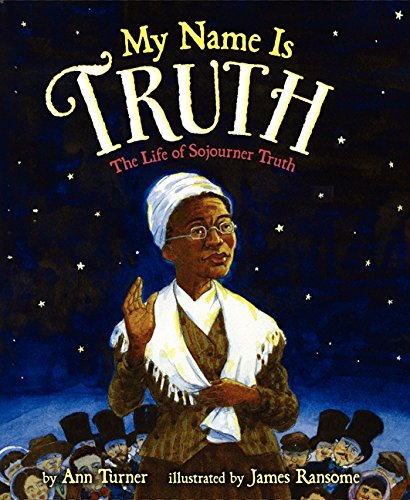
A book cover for My Name Is Truth: The Life of Sojourner Truth; Ann Turner; Children's Books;